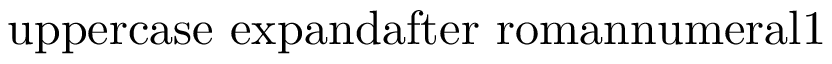
\mathrm { \ u p p e r c a s e \ e x p a n d a f t e r { \ r o m a n n u m e r a l 1 } }